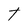
Character: t